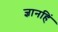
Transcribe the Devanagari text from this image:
ज्ञानहिं